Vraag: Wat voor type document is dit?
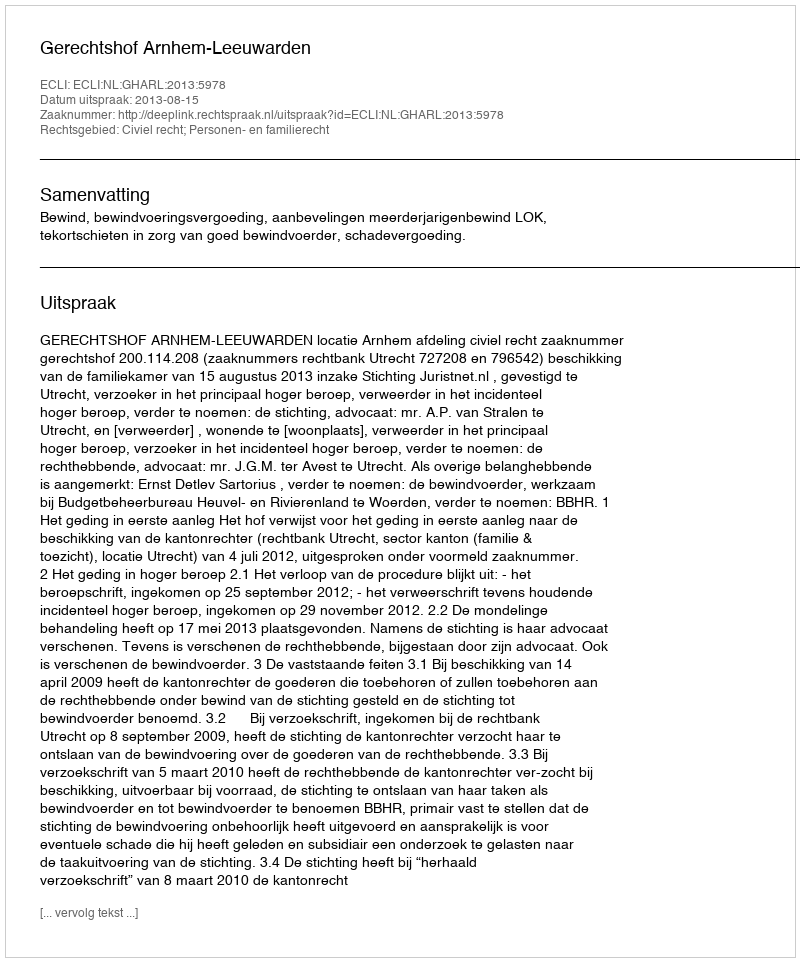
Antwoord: Uitspraak